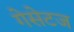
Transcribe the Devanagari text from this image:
गेसेटज